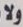
ولا